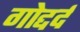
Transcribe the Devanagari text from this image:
गोद्दर्द